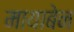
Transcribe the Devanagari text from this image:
मायाबेन